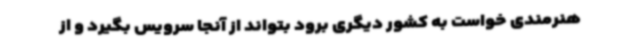
هنرمندی خواست به کشور دیگری برود بتواند از آنجا سرویس بگیرد و از